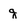
Character: g